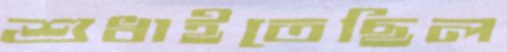
শুধাইতেছিল